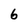
Character: 6